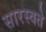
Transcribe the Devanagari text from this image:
सारस्वते